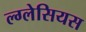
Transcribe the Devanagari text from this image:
ल्ग्लेसियस